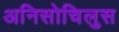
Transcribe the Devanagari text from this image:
अनिसोचिलुस